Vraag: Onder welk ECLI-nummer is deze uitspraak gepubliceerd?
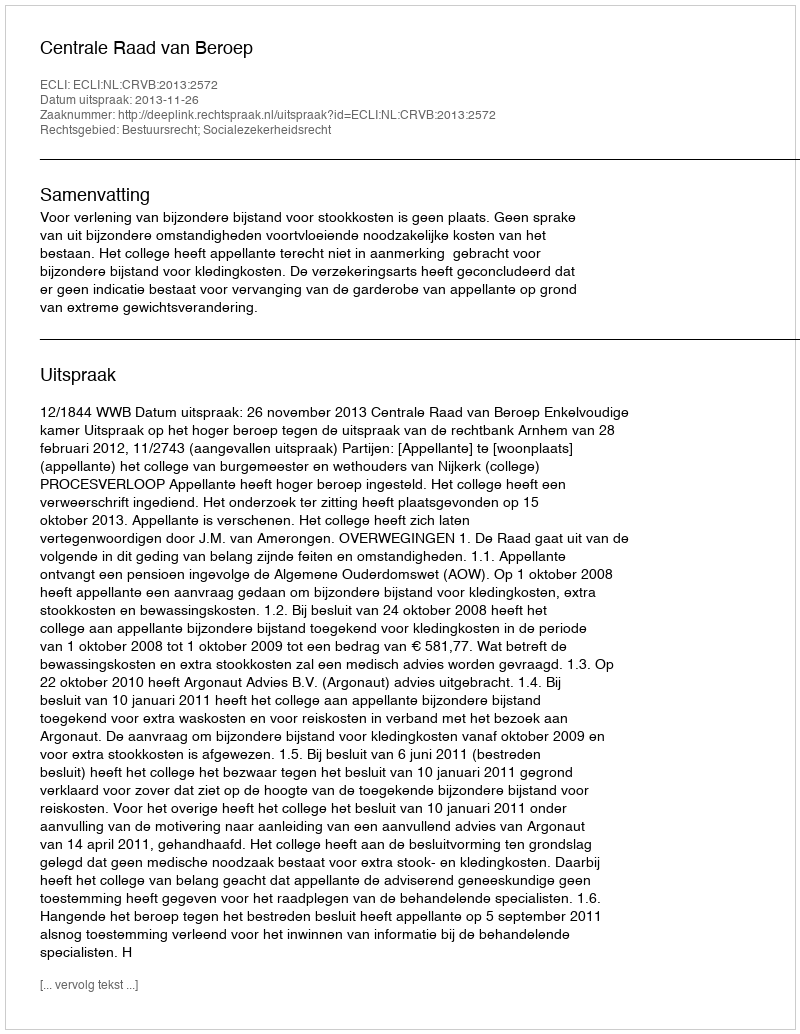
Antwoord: ECLI:NL:CRVB:2013:2572